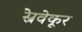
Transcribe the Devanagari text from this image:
स्रेवेकूर